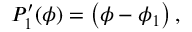
P _ { 1 } ^ { \prime } ( \phi ) = \left( \phi - \phi _ { 1 } \right) ,